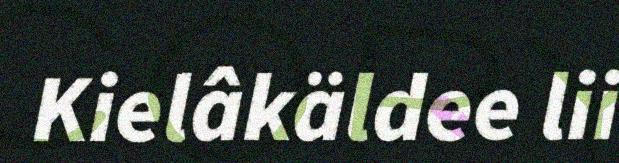
Kielâkäldee lii